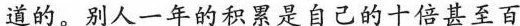
道的。别人一年的积累是自己的十倍甚至百